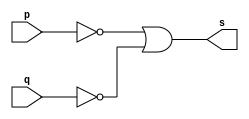
// -------------------------
// Exemplo0009 - NAND com Morgan
// Nome: Davidson Francis
// -------------------------

// -------------------------
// -- NAND gate
// -------------------------
module nandgate (output s, input p, input q);
  assign s = ~p | ~q; // criar vinculo permanente (dependencia)
endmodule // nand gate

// -------------------------
// -- test nand gate
// -------------------------

module testnandgate;

// ------------------------- dados locais
reg a,b; // definir registrador
wire s; // definir conexao (fio)

// ------------------------- instancia
nandgate NAND1 (s, a,b);
// ------------------------- preparacao

initial begin:start
  a=0;b=0;
end
// ------------------------- parte principal

initial begin:main
               // execucao unitaria
  $display("Exemplo 0009 - DavidsonFrancis - 466499");
  $display("Test NAND gate:");
  $display("\n~(a & b) = s\n");
 
  a = 0; b = 0;
  #1 $display("~(%b & %b) = %b", a, b, s);
  a = 0; b = 1;
  #1 $display("~(%b & %b) = %b", a, b, s);
  a = 1; b = 0;
  #1 $display("~(%b & %b) = %b", a, b, s);
  a = 1; b = 1;
  #1 $display("~(%b & %b) = %b", a, b, s);
  end
endmodule // testnandgate